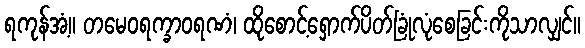
ရကုန်အံ့။ တမေဝရက္ခာဝရဏံ၊ ထိုစောင့်ရှောက်ပိတ်ခြုံလုံစေခြင်းကိုသာလျှင်။